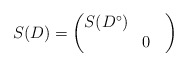
\begin{align*}S(D) = \begin{pmatrix} S(D^\circ) \\ & 0 \hphantom{D}\end{pmatrix}\end{align*}